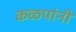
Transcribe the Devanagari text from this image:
कळपांनी